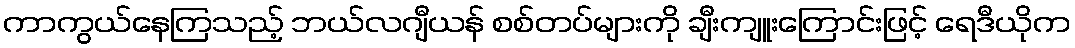
ကာကွယ်နေကြသည့် ဘယ်လဂျီယန် စစ်တပ်များကို ချီးကျူးကြောင်းဖြင့် ရေဒီယိုက